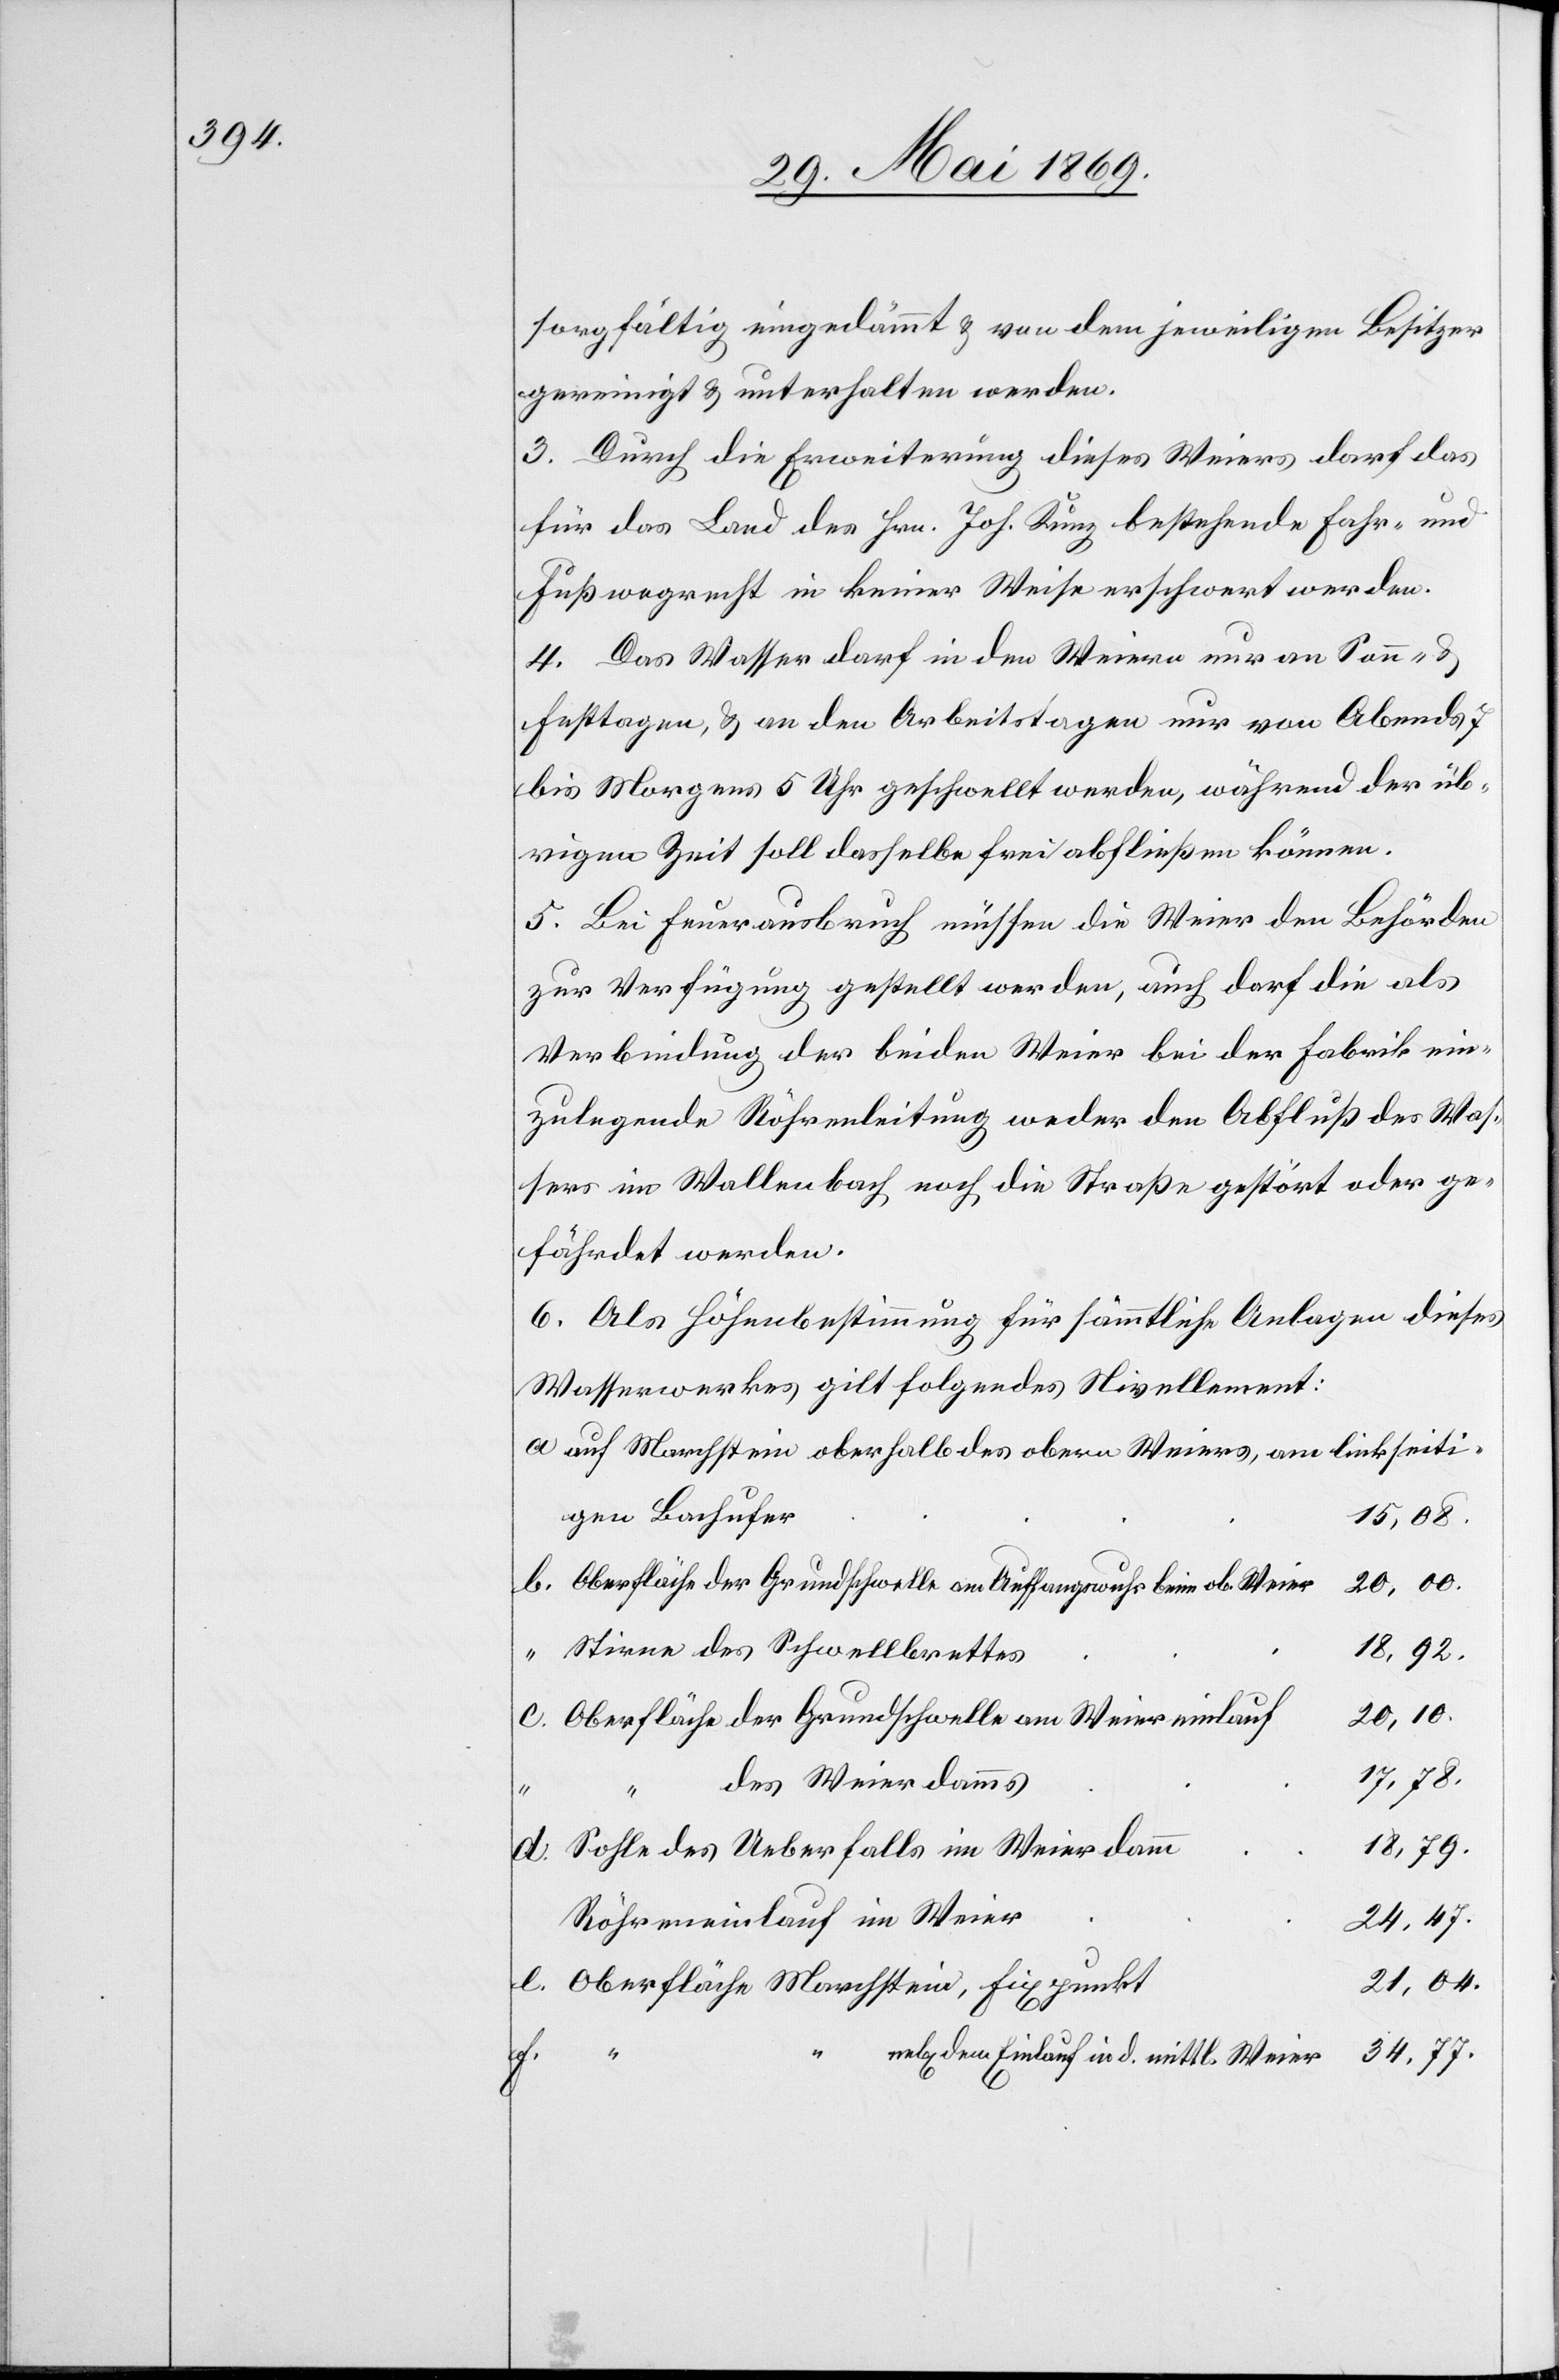
sorgfältig eingedämmt u. von dem jeweiligen Besitzer
gereinigt u. unterhalten werden.
3. Durch die Erweiterung dieses Weiers darf das
Fußwegrecht in keiner Weise erschwert werden.
4. Das Wasser darf in den Weiern nur an Sonn- u.
Festtagen, u. an den Arbeitstagen nur von Abends 7
bis Morgens 5 Uhr geschwellt werden, während der üb¬
rigen Zeit soll dasselbe frei abfließen können.
5. Bei Feuerausbruch müssen die Weier den Behörden
zur Verfügung gestellt werden, auch darf die als
Verbindung der beiden Weier bei der Fabrik ein¬
zulegende Röhrenleitung weder den Abfluß des Was¬
sers in Wallenbach noch die Straße gestört oder ge¬
fährdet werden.
6. Als Höhenbestimmung für sämmtliche Anlagen dieses
Wasserwerkes gilt folgendes Nivellement:
auf Marchstein oberhalb des obern Weiers, am linkseiti¬
gen Bachufer
15,08
Oberfläche der Grundschwelle am Auffangswuhr beim ob. Weier
20,00
Stirne des Schwellbrettes
18,92
20,10
Oberfläche der Grundschwelle am Weiereinlauf
bestehende
des Weierdamms
e.
18,79
Sohle des Ueberfalls im Weierdamm
24,47
Röhreneinlauf am Weier
21,04
Oberfläche Marchstein, Fixpunkt
34,77
dem Einlauf in d. mittl. Weier
f.